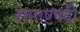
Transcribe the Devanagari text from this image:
रामाष्टपदी